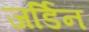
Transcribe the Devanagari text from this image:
जर्डिन